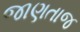
જાણતાજ